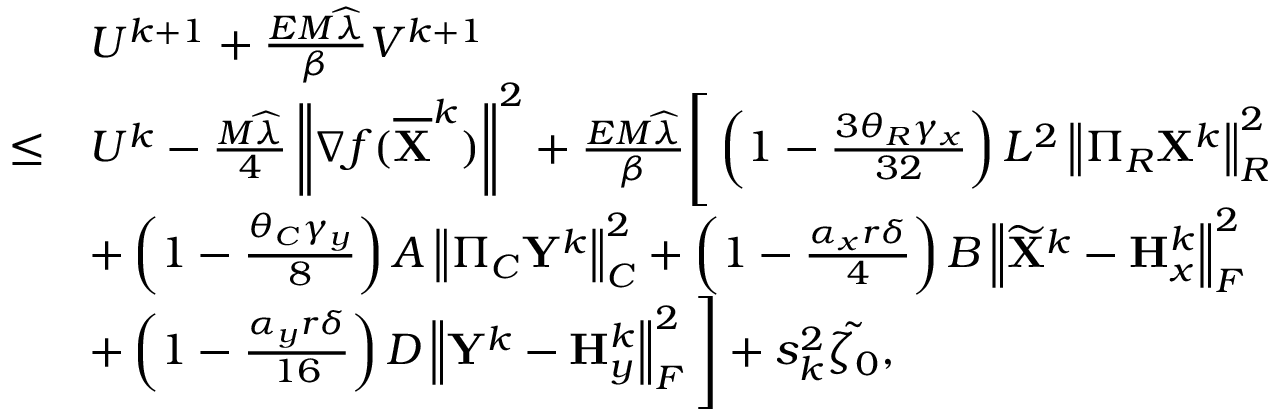
\begin{array} { r l } & { U ^ { k + 1 } + \frac { E M \widehat { \lambda } } { \beta } V ^ { k + 1 } } \\ { \leq } & { U ^ { k } - \frac { M \widehat { \lambda } } { 4 } \left\| \nabla f ( \overline { { { \mathbf { X } } } } ^ { k } ) \right\| ^ { 2 } + \frac { E M \widehat { \lambda } } { \beta } \Bigg [ \left( 1 - \frac { 3 \theta _ { R } \gamma _ { x } } { 3 2 } \right) L ^ { 2 } \left\| \Pi _ { R } { \mathbf { X } } ^ { k } \right\| _ { R } ^ { 2 } } \\ & { + \left( 1 - \frac { \theta _ { C } \gamma _ { y } } { 8 } \right) A \left\| \Pi _ { C } { \mathbf { Y } } ^ { k } \right\| _ { C } ^ { 2 } + \left( 1 - \frac { \alpha _ { x } r \delta } { 4 } \right) B \left\| \widetilde { { \mathbf { X } } } ^ { k } - { \mathbf { H } } _ { x } ^ { k } \right\| _ { F } ^ { 2 } } \\ & { + \left( 1 - \frac { \alpha _ { y } r \delta } { 1 6 } \right) D \left\| { \mathbf { Y } } ^ { k } - { \mathbf { H } } _ { y } ^ { k } \right\| _ { F } ^ { 2 } \Bigg ] + s _ { k } ^ { 2 } \tilde { \zeta _ { 0 } } , } \end{array}